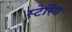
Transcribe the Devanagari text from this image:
स्टेरिंग